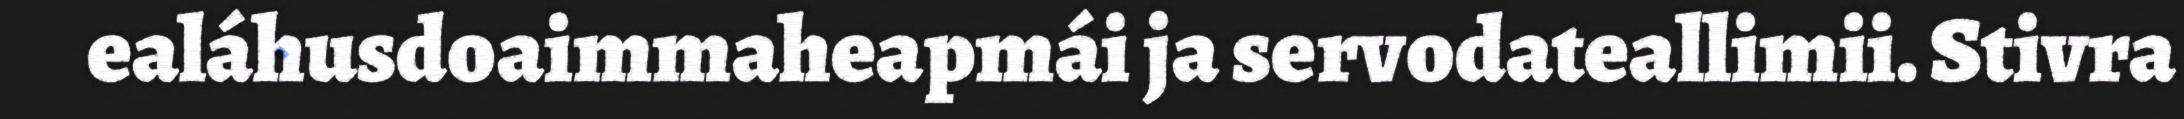
ealáhusdoaimmaheapmái ja servodateallimii. Stivra